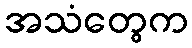
အသံတွေက